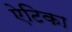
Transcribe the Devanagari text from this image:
ऐटिका